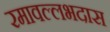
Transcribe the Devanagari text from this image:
रमावल्लभदास